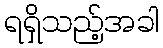
ရရှိသည့်အခါ